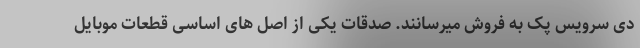
دی سرویس پک به فروش میرسانند. صدقات یکی از اصل های اساسی قطعات موبایل